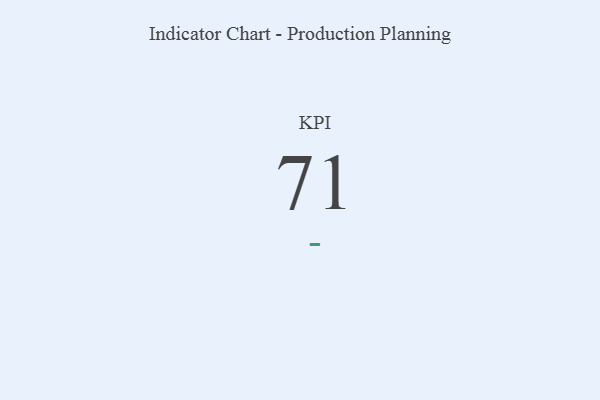
{"axis": {"x": "KPI", "y": "Value"}, "legend": [""], "data": [{"x": "KPI", "y": 71, "type": ""}]}